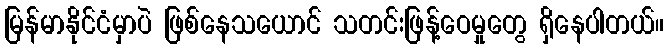
မြန်မာနိုင်ငံမှာပဲ ဖြစ်နေသယောင် သတင်းဖြန့်ဝေမှုတွေ ရှိနေပါတယ်။